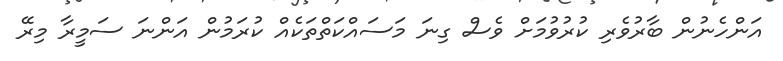
އަންހެނުން ބާރުވެރި ކުރުވުމަށް ވެސް ގިނަ މަސައްކަތްތަކެއް ކުރަމުން އަންނަ ސަމީރާ މިރޭ